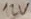
Text: 12V